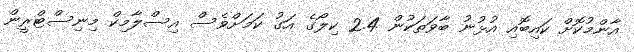
އާންމުކޮށް ކައިބޮއި އުޅުނު ބާވަތަކުން 2.4 ކިލޯގެ އަގު ކަމަށްވެސް އިސްލާމިކް މިނިސްޓްރީން